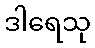
ဒါရေသု